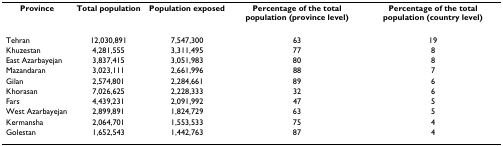
<table><thead><tr><td><b>Province</b></td><td><b>Total population</b></td><td><b>Population exposed</b></td><td><b>Percentage of the total population (province level)</b></td><td><b>Percentage of the total population (country level)</b></td></tr></thead><tbody><tr><td>Tehran</td><td>12,030,891</td><td>7,547,300</td><td>63</td><td>19</td></tr><tr><td>Khuzestan</td><td>4,281,555</td><td>3,311,495</td><td>77</td><td>8</td></tr><tr><td>East Azarbayejan</td><td>3,837,415</td><td>3,051,983</td><td>80</td><td>8</td></tr><tr><td>Mazandaran</td><td>3,023,111</td><td>2,661,996</td><td>88</td><td>7</td></tr><tr><td>Gilan</td><td>2,574,801</td><td>2,284,661</td><td>89</td><td>6</td></tr><tr><td>Khorasan</td><td>7,026,625</td><td>2,228,333</td><td>32</td><td>6</td></tr><tr><td>Fars</td><td>4,439,231</td><td>2,091,992</td><td>47</td><td>5</td></tr><tr><td>West Azarbayejan</td><td>2,899,891</td><td>1,824,729</td><td>63</td><td>5</td></tr><tr><td>Kermansha</td><td>2,064,701</td><td>1,553,533</td><td>75</td><td>4</td></tr><tr><td>Golestan</td><td>1,652,543</td><td>1,442,763</td><td>87</td><td>4</td></tr></tbody></table>